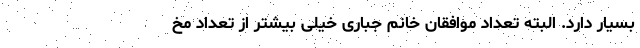
بسیار دارد. البته تعداد موافقان خانم جباری خیلی بیشتر از تعداد مخ